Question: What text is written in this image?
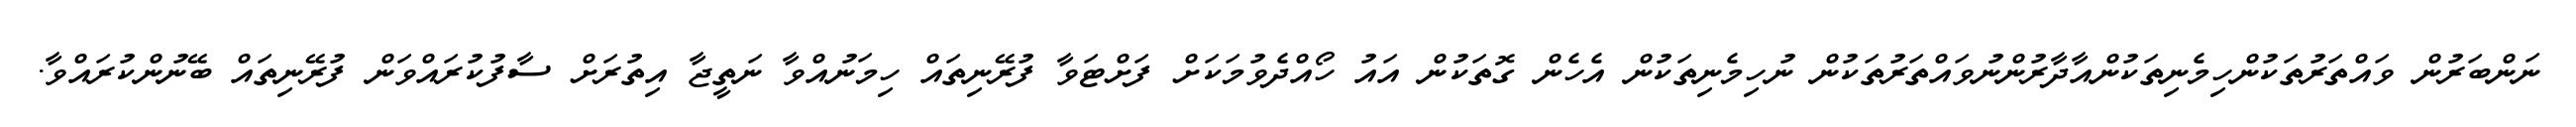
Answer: ނަންބަރުން ވައްތަރުތަކުންހިމެނިތަކުންއާދާރުންނުވައްތަރުތަކުން ނުހިމެނިތަކުން އެހެން ގޮތަކުން އައު ހޯއްދެވުމަކަށް ފަށްޓަވާ ފުރޭނިތައް ހިމަނުއްވާ ނަތީޖާ އިތުރަށް ސާފުކުރައްވަން ފުރޭނިތައް ބޭނުންކުރައްވާ.